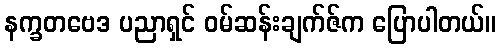
နက္ခတဗေဒ ပညာရှင် ဝမ်ဆန်းချက်ဇ်က ပြောပါတယ်။